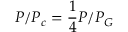
P / P _ { c } = \frac { 1 } { 4 } P / P _ { G }